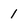
Character: 1